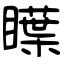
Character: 瞸